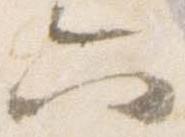
六